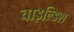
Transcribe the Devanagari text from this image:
चाइल्डिश